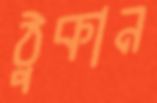
ঠুকান